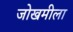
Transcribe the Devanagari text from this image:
जोखमीला